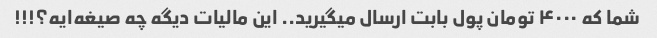
شما که ۴۰۰۰ تومان پول بابت ارسال میگیرید.. این مالیات دیگه چه صیغه‌ایه؟!!!